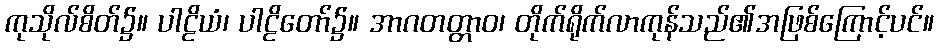
ကုသိုလ်စိတ်၌။ ပါဠိယံ၊ ပါဠိတော်၌။ အာဂတတ္တာဝ၊ တိုက်ရိုက်လာကုန်သည်၏အဖြစ်ကြောင့်ပင်။